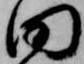
田